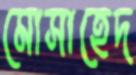
মোসাহেদ